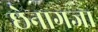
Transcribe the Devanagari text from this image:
छेनागजा